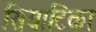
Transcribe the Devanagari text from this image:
सियाटिका